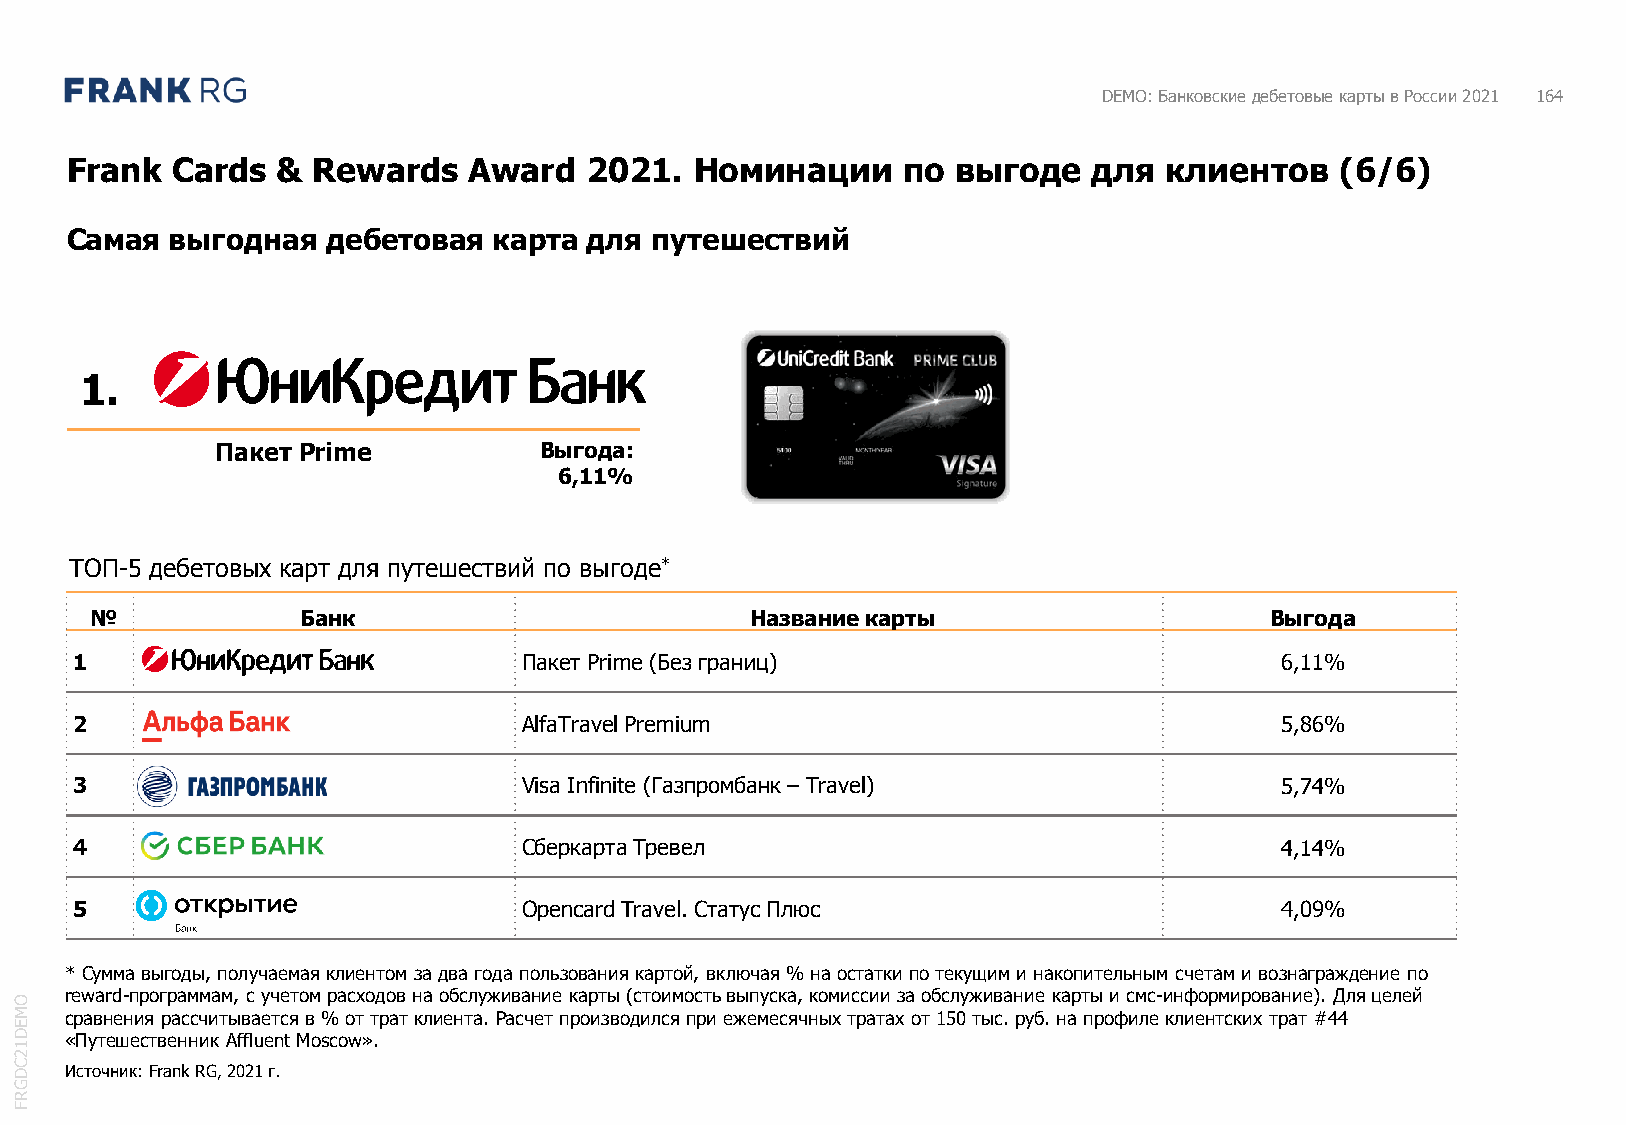
DEMO: Банковские дебетовые карты в России 2021 164
 Frank  Cards  &  Rewards   Award   2021.  Номинации     по выгоде   для  клиентов    (6/6)
 Самая  выгодная   дебетовая  карта для путешествий
 1.
 Пакет Prime           Выгода:
 6,11%
 ТОП-5 дебетовых карт для путешествий по выгоде*
 №             Банк                          Название карты                    Выгода
 1                             Пакет Prime(Без границ)                           6,11%
 2                             AlfaTravelPremium                                 5,86%
 3                             Visa Infinite (Газпромбанк – Travel)              5,74%
 4                             СберкартаТревел                                   4,14%
 5                             OpencardTravel. Статус Плюс                       4,09%
 *Сумма выгоды, получаемая клиентом за два года пользования картой, включая % на остатки по текущим и накопительным счетам и вознаграждение по
 reward-программам, с учетом расходов на обслуживание карты (стоимость выпуска, комиссии за обслуживание карты и смс-информирование). Для целей
 O
 M  сравнения рассчитывается в % от трат клиента. Расчет производился при ежемесячных тратах от 150тыс. руб. на профиле клиентских трат #44
 E
 D  «Путешественник Affluent Moscow».
 1
 2
 C
 D  Источник: Frank RG, 2021 г.
 G
 R
 F